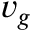
v _ { g }